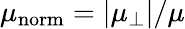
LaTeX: \mu_{\mathrm{norm}}=\vert\mu_{\perp}\vert/\mu